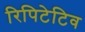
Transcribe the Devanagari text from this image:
रिपिटेटिव